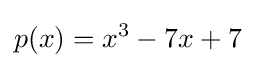
p(x)=x^{3}-7x+7